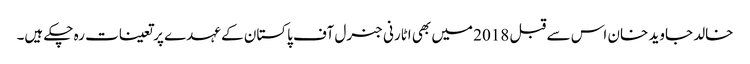
خالد جاوید خان اس سے قبل 2018 میں بھی اٹارنی جنرل آف پاکستان کے عہدے پر تعینات رہ چکے ہیں۔